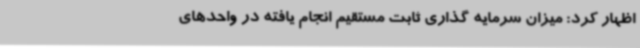
اظهار کرد: میزان سرمایه گذاری ثابت مستقیم انجام یافته در واحدهای